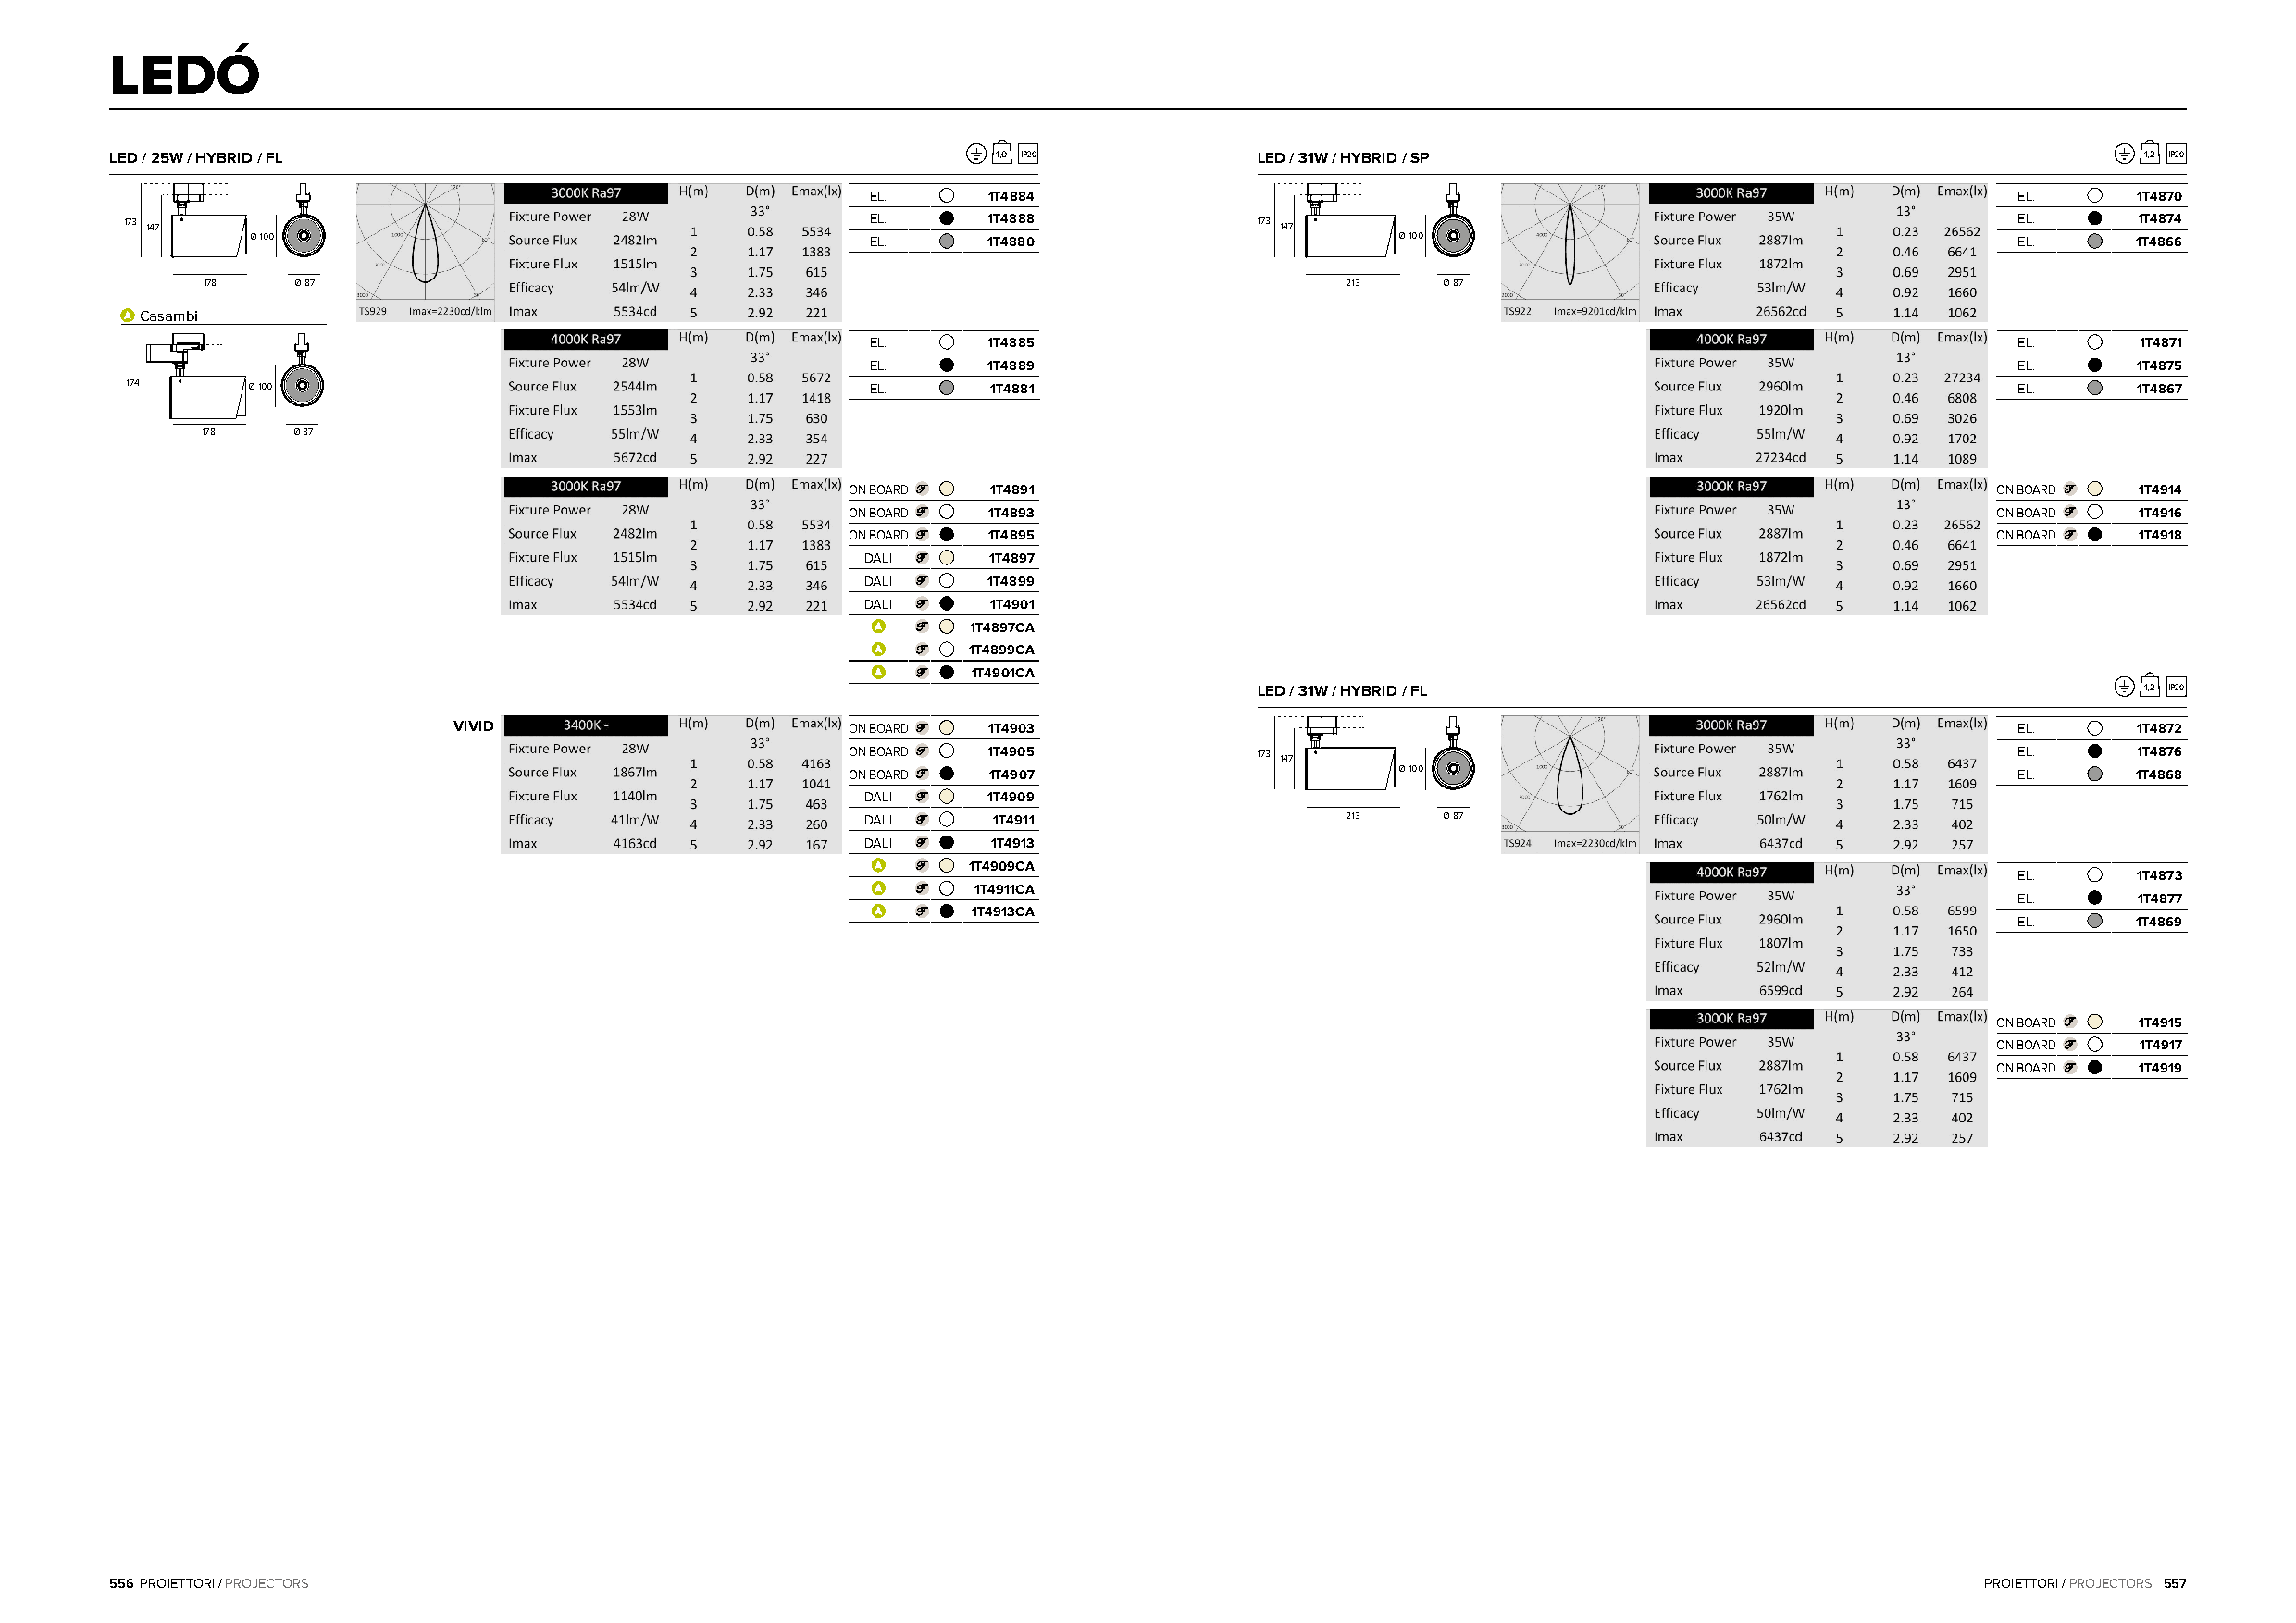
LEDÓ
 LED / 25W / HYBRID / FL                                        1,0 IP20           LED / 31W / HYBRID / SP                                        1,2 IP20
 EL.      1T4884                                                                   EL.      1T4870
 173 147                                              EL.      1T4888             173 147                                               EL.      1T4874
 Ø 100                                       EL.      1T4880                       Ø 100                                       EL.      1T4866
 178   Ø 87                                                                       213    Ø 87
 Casambi
 EL.      1T4885                                                                   EL.      1T4871
 EL.      1T4889                                                                   EL.      1T4875
 174      Ø 100                                       EL.      1T4881                                                                   EL.      1T4867
 178    Ø 87
 ON BOARD  1T4891                                                                  ON BOARD  1T4914
 ON BOARD  1T4893                                                                  ON BOARD  1T4916
 ON BOARD  1T4895                                                                  ON BOARD  1T4918
 DALI     1T4897
 DALI     1T4899
 DALI     1T4901
 1T4897CA
 1T4899CA
 1T4901CA
 LED / 31W / HYBRID / FL                                        1,2 IP20
 VIVID                        ON BOARD  1T4903                                                                   EL.      1T4872
 ON BOARD  1T4905             173 147                                               EL.      1T4876
 ON BOARD  1T4907                       Ø 100                                       EL.      1T4868
 DALI     1T4909
 DALI     1T4911                   213    Ø 87
 DALI     1T4913
 1T4909CA
 EL.      1T4873
 1T4911CA
 EL.      1T4877
 1T4913CA
 EL.      1T4869
 ON BOARD  1T4915
 ON BOARD  1T4917
 ON BOARD  1T4919
 556 PROIETTORI / PROJECTORS                                                                                                           PROIETTORI / PROJECTORS 557